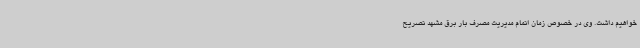
خواهیم داشت. وی در خصوص زمان اتمام مدیریت مصرف بار برق مشهد تصریح